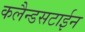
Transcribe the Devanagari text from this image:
कलैन्डसटाईन